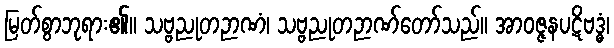
မြတ်စွာဘုရား၏။ သဗ္ဗညုတဉာဏံ၊ သဗ္ဗညုတဉာဏ်တော်သည်။ အာဝဇ္ဇနပဋိဗဒ္ဓံ၊